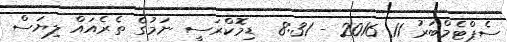
ސެޕްޓެމްބަރު 11